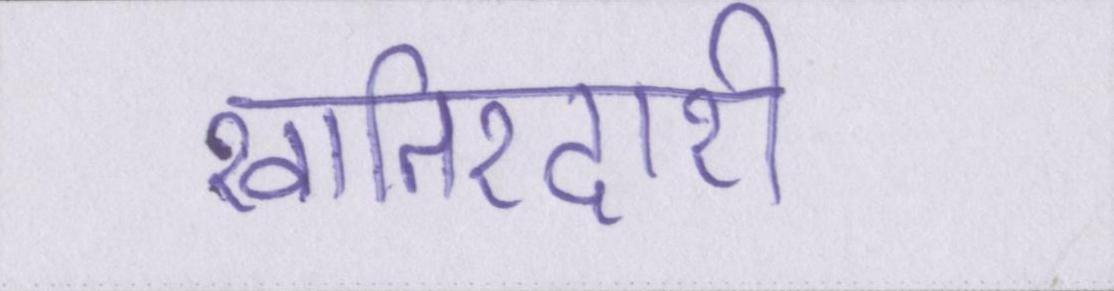
खातिरदारी